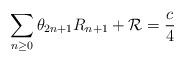
LaTeX: \begin{align*}\sum_{n\geq 0}\theta_{2n+1}R_{n+1}+{\cal R}=\frac{c}{4}\end{align*}